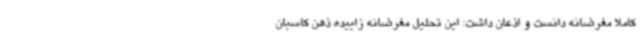
کاملا مغرضانه دانست و اذعان داشت: این تحلیل مغرضانه زاییده ذهن کاسبان